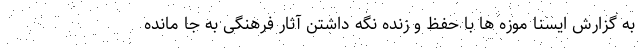
به گزارش ایسنا موزه ها با حفظ و زنده نگه داشتن آثار فرهنگی به جا مانده